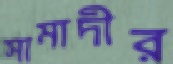
সামাদীর